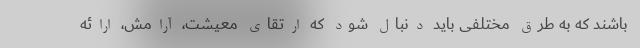
باشند که به طرق مختلفی باید دنبال شود که ارتقای معیشت، آرامش، ارائه